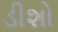
ડીશો